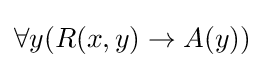
\forall y(R(x,y)\to A(y))